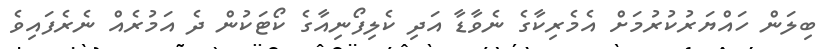
ބިލަން ހައްޔަރުކުރުމަށް އެމެރިކާގެ ނެވާޑާ އަދި ކެލިފޯނިއާގެ ކޯޓަކުން ދެ އަމުރެއް ނެރެފައިވެ